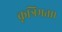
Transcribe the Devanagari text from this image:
कृत्रिमता।